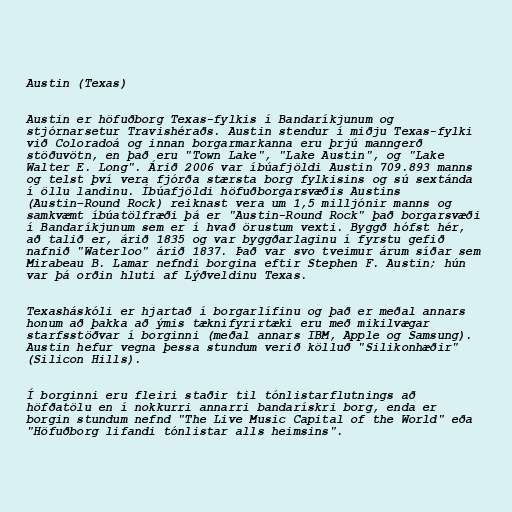
Austin (Texas)

Austin er höfuðborg Texas-fylkis í Bandaríkjunum og
stjórnarsetur Travishéraðs. Austin stendur í miðju Texas-fylki
við Coloradoá og innan borgarmarkanna eru þrjú manngerð
stöðuvötn, en það eru "Town Lake", "Lake Austin", og "Lake
Walter E. Long". Árið 2006 var íbúafjöldi Austin 709.893 manns
og telst því vera fjórða stærsta borg fylkisins og sú sextánda
í öllu landinu. Íbúafjöldi höfuðborgarsvæðis Austins
(Austin–Round Rock) reiknast vera um 1,5 milljónir manns og
samkvæmt íbúatölfræði þá er "Austin-Round Rock" það borgarsvæði
í Bandaríkjunum sem er í hvað örustum vexti. Byggð hófst hér,
að talið er, árið 1835 og var byggðarlaginu í fyrstu gefið
nafnið "Waterloo" árið 1837. Það var svo tveimur árum síðar sem
Mirabeau B. Lamar nefndi borgina eftir Stephen F. Austin; hún
var þá orðin hluti af Lýðveldinu Texas.

Texasháskóli er hjartað í borgarlífinu og það er meðal annars
honum að þakka að ýmis tæknifyrirtæki eru með mikilvægar
starfsstöðvar í borginni (meðal annars IBM, Apple og Samsung).
Austin hefur vegna þessa stundum verið kölluð "Silikonhæðir"
(Silicon Hills).

Í borginni eru fleiri staðir til tónlistarflutnings að
höfðatölu en í nokkurri annarri bandarískri borg, enda er
borgin stundum nefnd "The Live Music Capital of the World" eða
"Höfuðborg lifandi tónlistar alls heimsins".